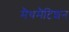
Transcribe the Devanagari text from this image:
मैथमैटिशन